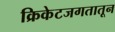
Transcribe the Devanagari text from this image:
क्रिकेटजगतातून